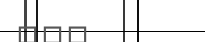
١٣٨